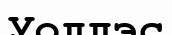
Уоллэс